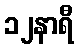
၁၂နာရီ